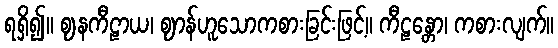
ရရှိ၍။ ဈနကီဠာယ၊ ဈာန်ဟူသောကစားခြင်းဖြင့်။ ကီဠန္တော၊ ကစားလျက်။